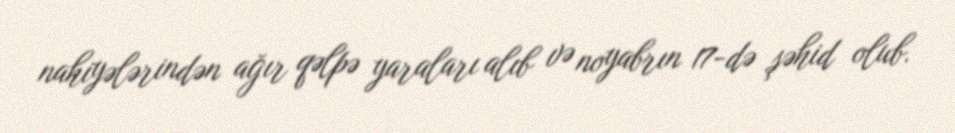
nahiyələrindən ağır qəlpə yaraları alıb və noyabrın 17-də şəhid olub.